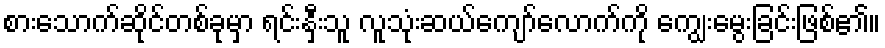
စားသောက်ဆိုင်တစ်ခုမှာ ရင်းနှီးသူ လူသုံးဆယ်ကျော်လောက်ကို ကျွေးမွေးခြင်းဖြစ်၏။